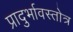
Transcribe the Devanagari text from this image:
प्रादुर्भावस्तोत्र